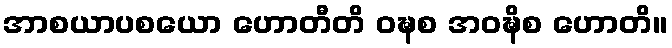
အာစယာပစယော ဟောတီတိ ဝဍ္ဎစ အဝဍ္ဎိစ ဟောတိ။